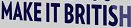
MAKE IT BRITISH